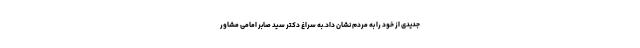
جدیدی از خود را به مردم نشان داد.به سراغ دکتر سید صابر امامی مشاور